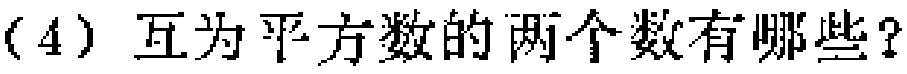
(4) 互为平方数的两个数有哪些？